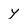
Character: y